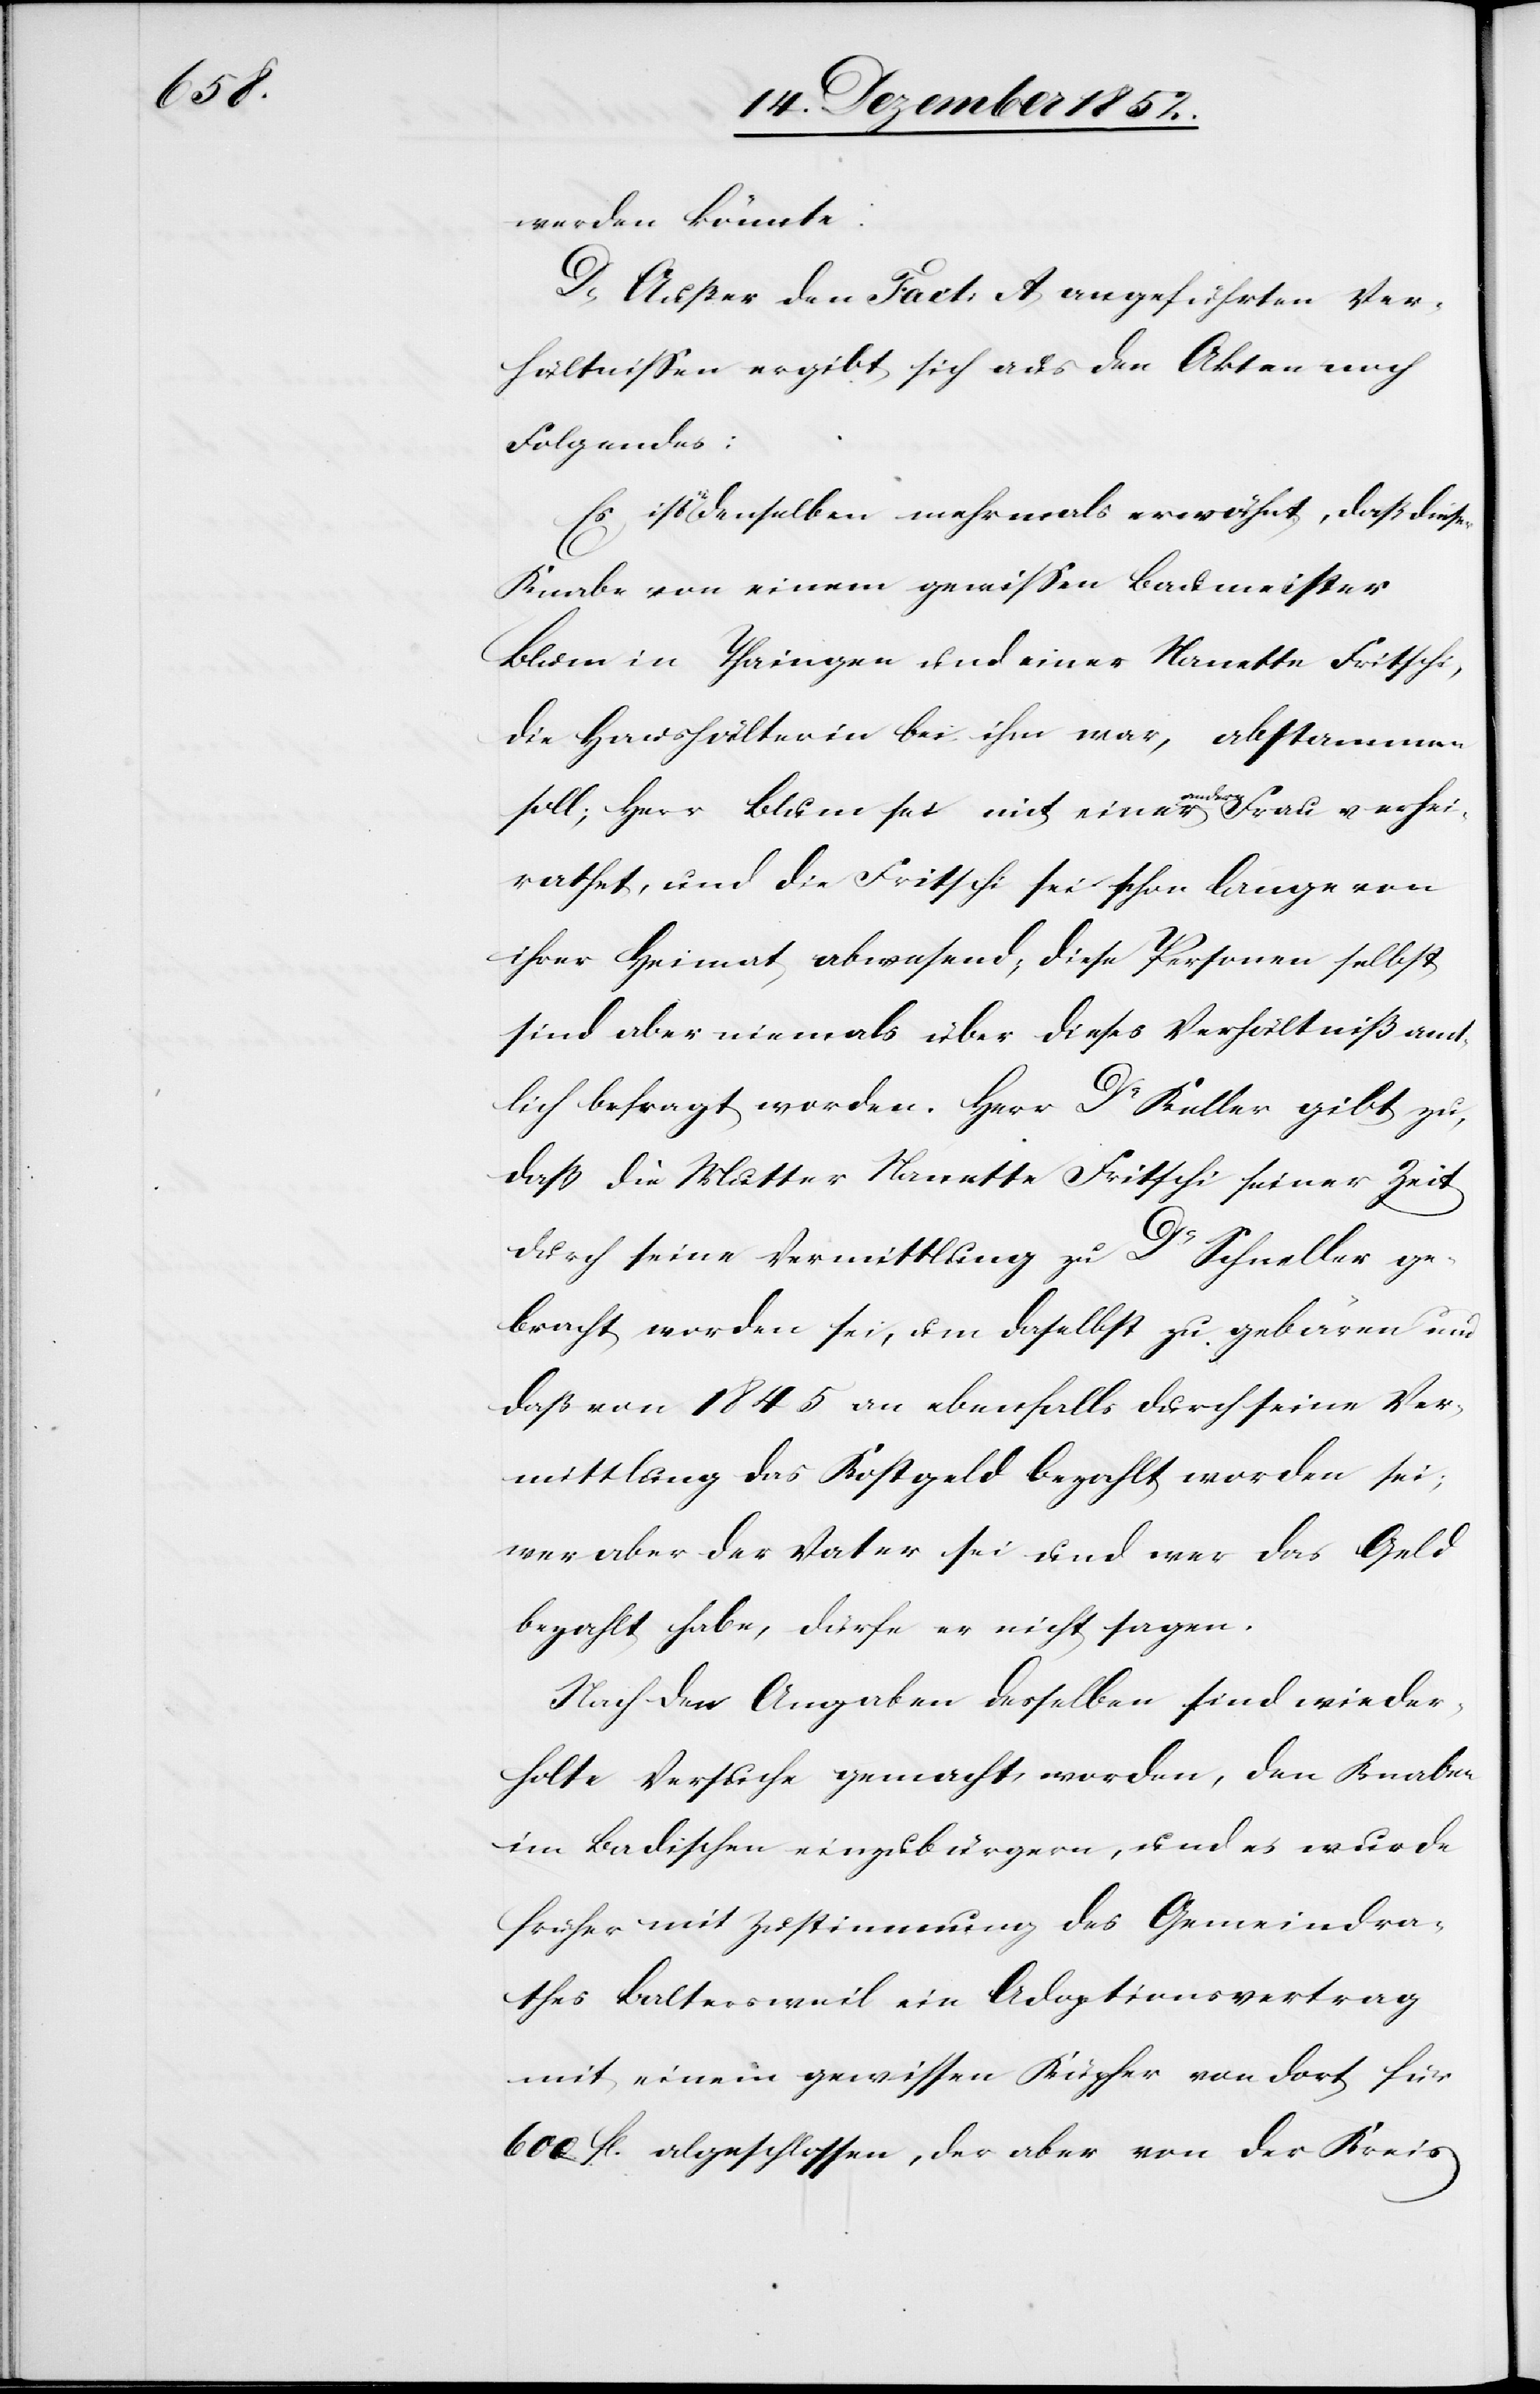
werden könnte.
D, Außer den Fact: A angeführten Ver¬
hältnissen ergibt sich aus den Akten noch
Folgendes:
Es ist in denselben mehrmals erwähnt, daß dieser
Knabe von einem gewissen Baumeister
Blum in Thaingen und einer Nanette Fritschi,
die Haushälterin bei ihm war, abstammen
soll; Herr Blum sei mit einer andern Frau verhei¬
rathet, und die Fritschi sei schon lange von
ihrer Heimat abwesend; diese Personen selbst
sind aber niemals über dieses Verhältniß amt¬
lich befragt worden. Herr Dr Keller gibt zu,
daß die Mutter Nanette Fritschi seiner Zeit
durch seine Vermittlung zu Dr Schneller ge¬
bracht worden sei, um daselbst zu gebären und
daß von 1845 an ebenfalls durch seine Ver¬
mittlung das Kostgeld bezahlt worden sei;
wer aber der Vater sei und wer das Geld
bezahlt habe, dürfe er nicht sagen.
Nach den Angaben desselben sind wieder¬
holte Versuche gemacht worden, den Knaben
im Badischen einzubürgern, und es wurde
früher mit Zustimmung des Gemeindra¬
thes Baltersweil ein Adoptionsvertrag
mit einem gewissen Küpfer von dort für
600 fl. abgeschlossen, der aber von der Kreis[-]